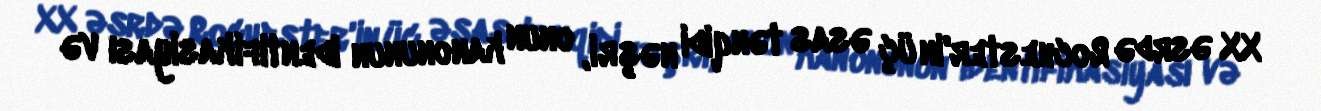
XX əsrdə Rochester'in üç əsas tənqidi nəşri, onun kanonunun identifikasiyası və